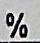
%